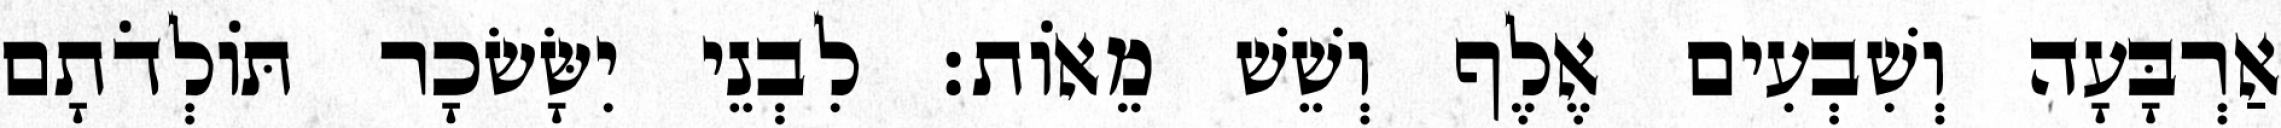
אַרְבָּעָה וְשִׁבְעִים אֶלֶף וְשֵׁשׁ מֵאוֹת׃ לִבְנֵי יִשָּׂשׂכָר תּוֹלְדֹתָם